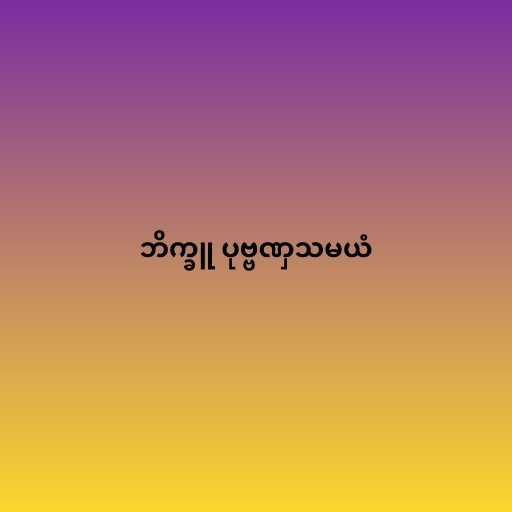
ဘိက္ခူ ပုဗ္ဗဏှသမယံ